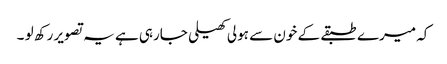
کہ میرے طبقے کے خون سے ہولی کھیلی جارہی ہے یہ تصویر رکھ لو ۔